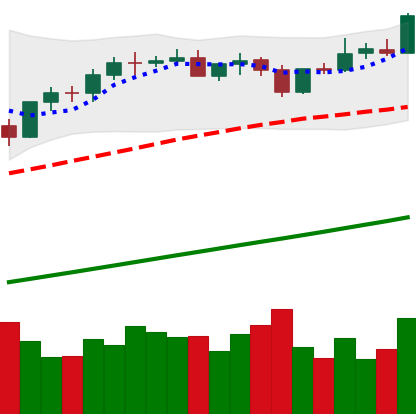
Ticker: BTC-USD
Chart end date: 2021-04-13
Forward return: -11.475%
Label: down_7plus